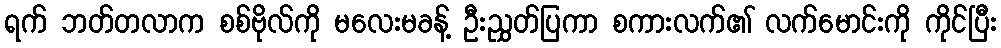
ရက် ဘတ်တလာက စစ်ဗိုလ်ကို မလေးမခန့် ဦးညွှတ်ပြကာ စကားလက်၏ လက်မောင်းကို ကိုင်ပြီး